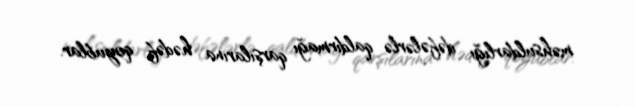
məhsuldarlığı dəfələrlə qaldırmağı qarşılarına hədəf qoyublar.